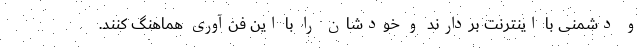
و دشمنی با اینترنت بردارند و خودشان را با این فن‌آوری هماهنگ کنند.